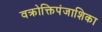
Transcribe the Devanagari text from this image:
वक्रोक्तिपंजाशिका